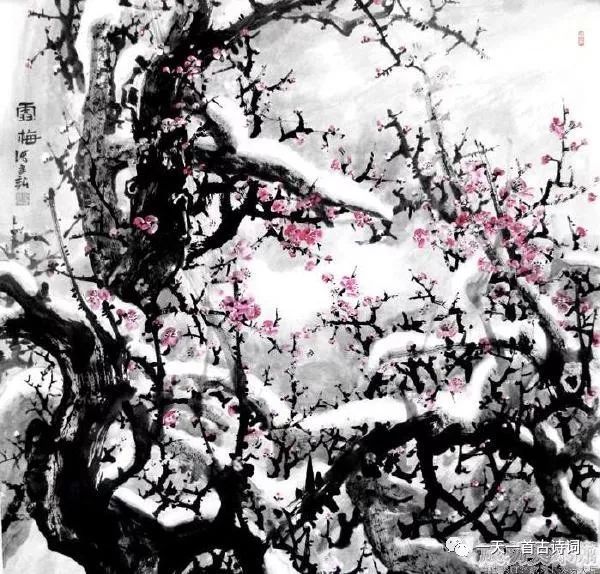
雪似梅花，梅花似雪。似和不似都奇绝。